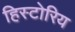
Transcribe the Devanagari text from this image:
हिस्टोरिय